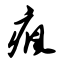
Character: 疯